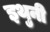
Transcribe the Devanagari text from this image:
इथुनी